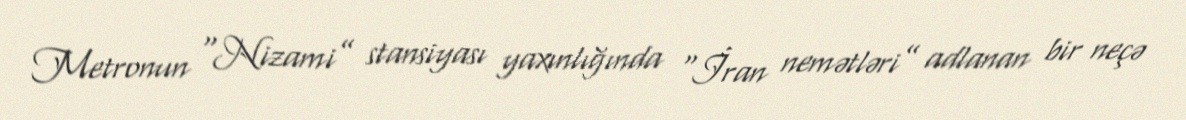
Metronun “Nizami” stansiyası yaxınlığında “İran nemətləri” adlanan bir neçə